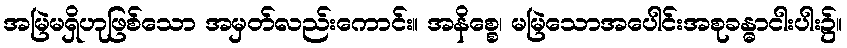
အမြဲမရှိဟုဖြစ်သော အမှတ်လည်းကောင်း။ အနိစ္စေ၊ မမြဲသောအပေါင်းအစုခန္ဓာငါးပါး၌။